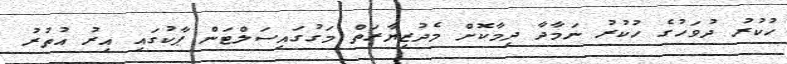
ހުކުރު ދުވަހުގެ ހުކުރު ނަމާދާ ދިމާކޮށް މެދުޒިޔާރަތް މަގުގައިސަލްޓަން ޕާކުގައި އިރު އުތުރު